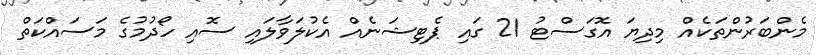
މެންބަރުންތަކެއް މިދިޔަ އޮގަސްޓު 21 ގައި ޕެޓިޝަނެއް އެކުލަވާލައި ސޮއި ހޯދުމުގެ މަސައްކަތް